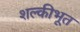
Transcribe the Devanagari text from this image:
शल्कीभूत